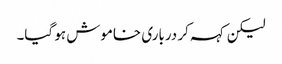
لیکن کہہ کر درباری خاموش ہو گیا۔